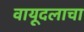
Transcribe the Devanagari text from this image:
वायूदलाचा